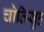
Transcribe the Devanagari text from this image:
चोतिसुह